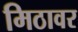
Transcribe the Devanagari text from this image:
मिठावर